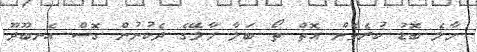
މާލެ ބޮޑު ކުރެވެން އޮތް ތޯ ބަލާ މާލޭގެ ދެކުނުން ގޮސް އެނބޫދޫ